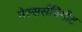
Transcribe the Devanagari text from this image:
मेस्सर्सचिमीट